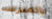
بالمدرسه